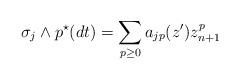
LaTeX: \begin{align*}\sigma_j\wedge p^\star(dt)= \sum_{p\geq 0}a_{jp}(z^\prime)z_{n+1}^p\end{align*}